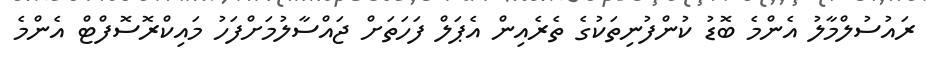
ރައުސުލްމާލު އެންމެ ބޮޑު ކުންފުނިތަކުގެ ތެރެއިން އެޕަލް ފަހަތަށް ޖައްސާލުމަށްފަހު މައިކްރޮސޮފްޓް އެންމެ